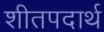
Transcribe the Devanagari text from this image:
शीतपदार्थ